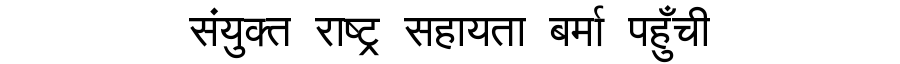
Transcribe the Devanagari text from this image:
संयुक्त राष्ट्र सहायता बर्मा पहुँची